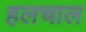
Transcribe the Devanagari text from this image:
हलचाल